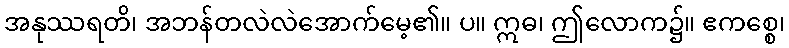
အနုဿရတိ၊ အဘန်တလဲလဲအောက်မေ့၏။ ပ။ ဣဓ၊ ဤလောက၌။ ဧကစ္စေ၊